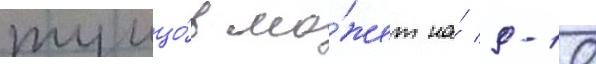
тунцо́в мо́жет на́ 9-10